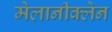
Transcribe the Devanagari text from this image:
मेलानीक्लेन